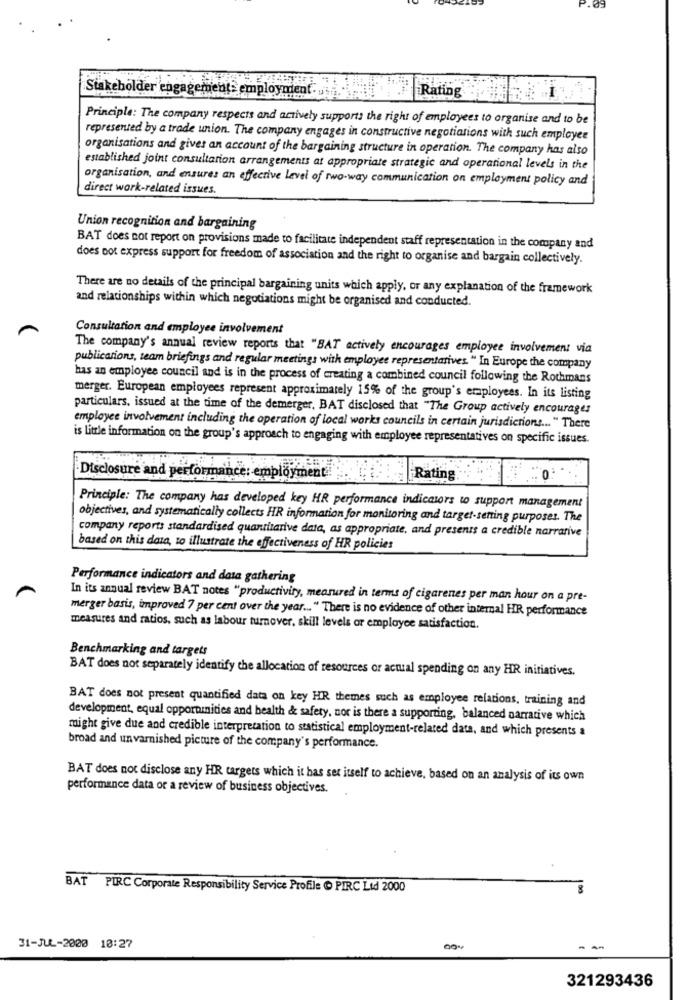
Stakeholder engagement: employment. ..
Rating
Principle: The company respects and actively supports the right of employees to organise and to be
represented by a trade union. The company engages in constructive negotiations with such employee
organisations and gives an account of the bargaining structure in operation. The company has also
established joint consultation arrangements at appropriate strategic and operational levels in the
organisation, and ensures an effective level of two-way communication on employment policy and
direct work-related issues.
Union recognition and bargaining
BAT does not report on provisions made to facilitate independent staff representation in the company and
does not express support for freedom of association and the right to organise and bargain collectively.
There are no details of the principal bargaining units which apply, or any explanation of the framework
and relationships within which negotiations might be organised and conducted.
Consultation and employee involvement
The company's annual review reports that "BAT actively encourages employee involvement via
publications, team briefings and regular meetings with employee representatives. " In Europe the company
has an employee council and is in the process of creating a combined council following the Rothmans
merger. European employees represent approximately 15% of the group's employees. In its listing
particulars, issued at the time of the demerger, BAT disclosed that "The Group actively encourages
employee involvement including the operation of local works councils in certain jurisdictions ... " There
is little information on the group's approach to engaging with employee representatives on specific issues.
Disclosure and performance: employment
Rating
Principle: The company has developed key HR performance indicators to support management
objectives, and systematically collects HR information for monitoring and target-setting purposes. The
company reports standardised quantitative data, as appropriate, and presents a credible narrative
based on this data, to illustrate the effectiveness of HR policies
Performance indicators and data gathering
In its annual review BAT notes "productivity, measured in terms of cigarenes per man hour on a pre-
merger basis, improved 7 per cent over the year ... " There is no evidence of other internal HR performance
measures and ratios, such as labour turnover, skill levels or employee satisfaction.
Benchmarking and targets
BAT does not separately identify the allocation of resources or actual spending on any HR initiatives.
BAT does not present quantified data on key HR themes such as employee relations, training and
development, equal opportunities and health & safety, nor is there a supporting, balanced narrative which
might give due and credible interpretation to statistical employment-related data, and which presents &
broad and un varnished picture of the company's performance.
BAT does not disclose any HR targets which it has set itself to achieve, based on an analysis of its own
performance data or a review of business objectives.
BAT PURC Corporate Responsibility Service Profile & PIRC Lid 2000
31-JUL-2000 10:27
321293436